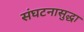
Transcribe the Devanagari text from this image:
संघटनासुद्धा